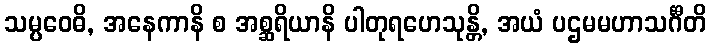
သမ္ပဝေဓိ, အနေကာနိ စ အစ္ဆရိယာနိ ပါတုရဟေသုန္တိ, အယံ ပဌမမဟာသင်္ဂီတိ